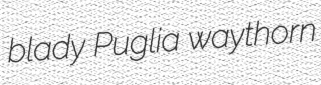
blady Puglia waythorn